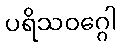
ပရိသဝဂ္ဂေါ